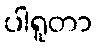
ပါရူတာ